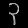
Digit: ၃